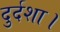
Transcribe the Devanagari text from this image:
दुर्दशा।